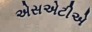
એસએટીએ